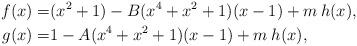
LaTeX: \begin{align*}f(x)= & (x^2+1) -B(x^4+x^2+1)(x-1) + m\:h(x), \\g(x)= & 1 -A(x^4+x^2+1)(x-1) + m\:h(x),\end{align*}